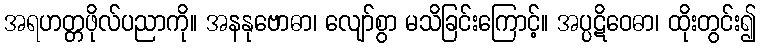
အရဟတ္တဖိုလ်ပညာကို။ အနနုဗောဓာ၊ လျော်စွာ မသိခြင်းကြောင့်။ အပ္ပဋိဝေဓာ၊ ထိုးတွင်း၍